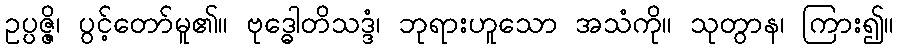
ဥပ္ပဇ္ဇိ၊ ပွင့်တော်မူ၏။ ဗုဒ္ဓေါတိသဒ္ဒံ၊ ဘုရားဟူသော အသံကို။ သုတွာန၊ ကြား၍။